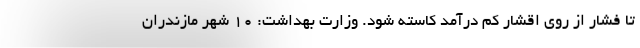
تا فشار از روی اقشار کم درآمد کاسته شود. وزارت بهداشت: 10 شهر مازندران